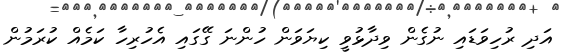
އަދި ރުހިވަޑައި ނުގެން ވިދާޅުވީ ކިޔަވަން ހުންނަ ގޭގައި އެހުރިހާ ކަމެއް ކުރަމުން